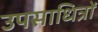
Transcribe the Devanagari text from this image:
उपसाधित्रों